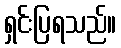
ရှင်းပြရသည်။